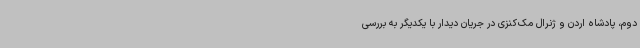
دوم، پادشاه اردن و ژنرال مک‌کنزی در جریان دیدار با یکدیگر به بررسی